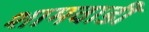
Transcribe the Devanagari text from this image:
शामवाडी